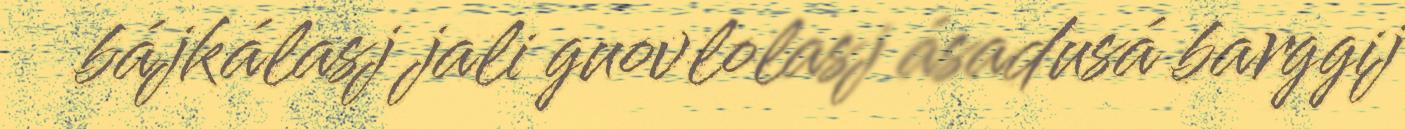
bájkálasj jali guovlolasj ásadusá barggij